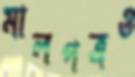
মালপত্রও